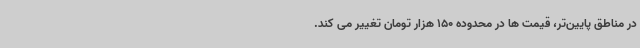
در مناطق پایین‌تر، قیمت ها در محدوده 150 هزار تومان تغییر می کند.